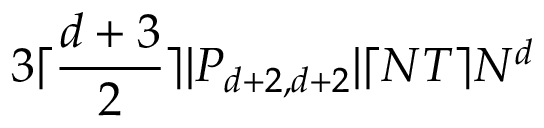
3 \lceil \frac { d + 3 } { 2 } \rceil | P _ { d + 2 , d + 2 } | \lceil N T \rceil N ^ { d }